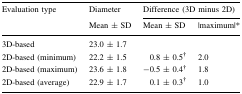
<table><thead><tr><td rowspan="2"><b>Evaluation type</b></td><td><b>Diameter</b></td><td colspan="2"><b>Difference (3D minus 2D)</b></td></tr><tr><td><b>Mean ± SD</b></td><td><b>Mean ± SD</b></td><td><b>|maximum|*</b></td></tr></thead><tbody><tr><td>3D-based</td><td>23.0 ± 1.7</td><td></td><td></td></tr><tr><td>2D-based (minimum)</td><td>22.2 ± 1.5</td><td>0.8 ± 0.5<sup>†</sup></td><td>2.0</td></tr><tr><td>2D-based (maximum)</td><td>23.6 ± 1.8</td><td>−0.5 ± 0.4<sup>†</sup></td><td>1.8</td></tr><tr><td>2D-based (average)</td><td>22.9 ± 1.7</td><td>0.1 ± 0.3<sup>†</sup></td><td>1.0</td></tr></tbody></table>